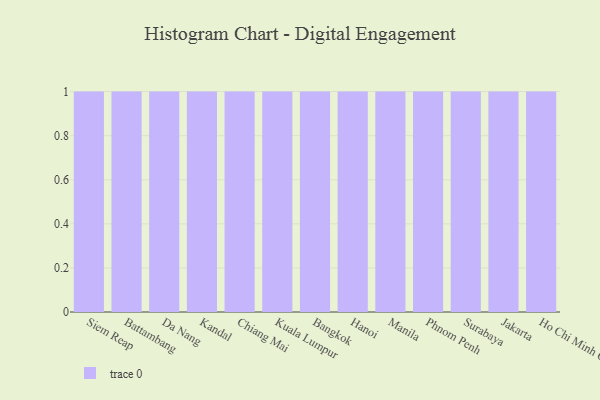
{"axis": {"x": "City", "y": "Inventory Turnover"}, "legend": [""], "data": [{"x": "Siem Reap", "y": 31, "type": ""}, {"x": "Battambang", "y": 95, "type": ""}, {"x": "Da Nang", "y": 27, "type": ""}, {"x": "Kandal", "y": 36, "type": ""}, {"x": "Chiang Mai", "y": 80, "type": ""}, {"x": "Kuala Lumpur", "y": 97, "type": ""}, {"x": "Bangkok", "y": 69, "type": ""}, {"x": "Hanoi", "y": 37, "type": ""}, {"x": "Manila", "y": 42, "type": ""}, {"x": "Phnom Penh", "y": 11, "type": ""}, {"x": "Surabaya", "y": 13, "type": ""}, {"x": "Jakarta", "y": 30, "type": ""}, {"x": "Ho Chi Minh City", "y": 5, "type": ""}]}